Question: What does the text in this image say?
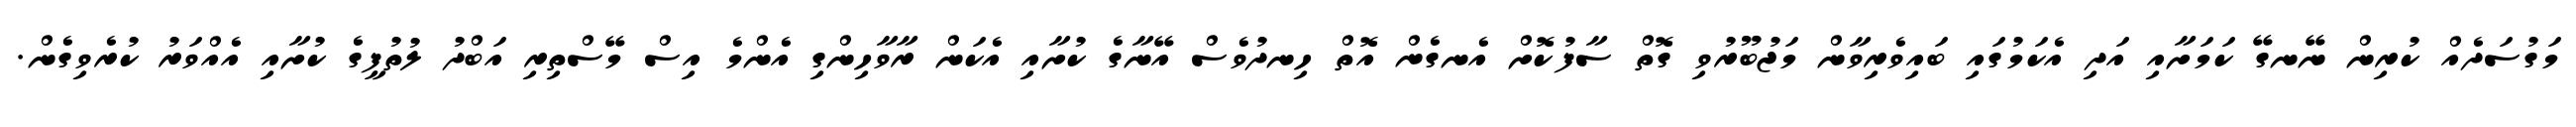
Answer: މަގުސަދެއް ކުރިން ނޭނގޭ ކަމަށާއި އަދި އެކަމުގައި ބައިވެރިވާން މަޖުބޫރުވި ގޮތް ސާފުކޮށް އެނގެން އޮތް ހިނދުވެސް އޭނާގެ ކުށާއި އެކަން ރާވާހިންގި އެންމެ އިސް މޭސްތިރި އަބްދު ލުތުފީގެ ކުށާއި އެއްވަރު ކުރެވިގެން.